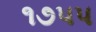
૧૭પપ